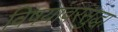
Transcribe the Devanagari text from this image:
विषयांवरसुद्धा